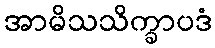
အာမိသသိက္ခာပဒံ